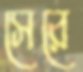
সেরে